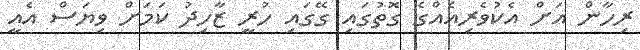
ރިހާން އަށް އެކުވެރިއެއްގެ ގޮތުގައި ގޭގައި ހުރީ ޒާހިދު ކަމަށް ވިޔަސް އެއީ